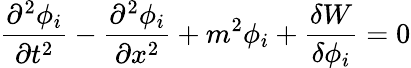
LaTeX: \frac{\partial^{2}\phi_{i}}{\partial t^{2}}-\frac{\partial^{2}\phi_{i}}{\partial x^{2}}+m^{2}\phi_{i}+\frac{\delta W}{\delta\phi_{i}}=0